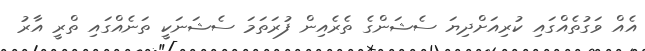
އެއް ވަގުތެއްގައި ކުރިއަށްދިޔަ ސެޝަންގެ ތެރެއިން ފުރަތަމަ ސެޝަނަކީ ތަނެއްގައި ތްރީ އާރު